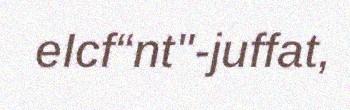
eIcf“nt"-juffat,